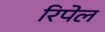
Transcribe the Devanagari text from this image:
रिपेल